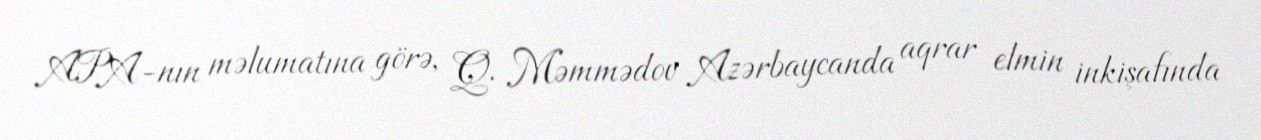
APA-nın məlumatına görə, Q. Məmmədov Azərbaycanda aqrar elmin inkişafında